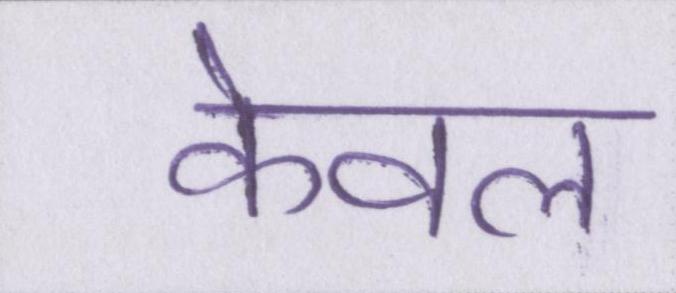
केवल